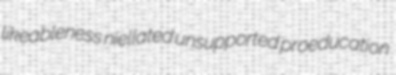
likeableness niellated unsupported proeducation